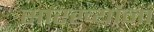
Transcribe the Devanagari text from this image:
सारख्यांना